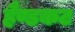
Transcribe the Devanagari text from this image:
हैण्डकट